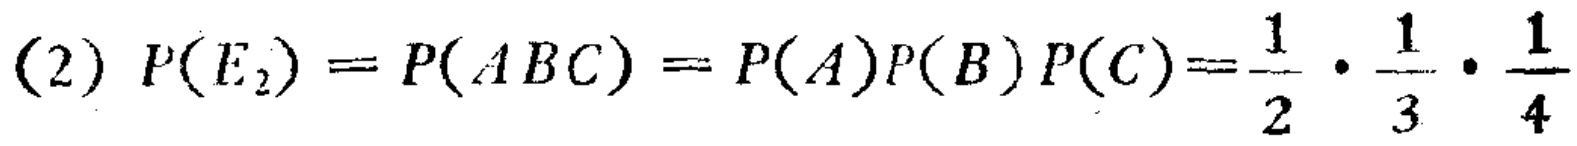
(2) \(P(E_{2}) = P(ABC)=P(A)P(B)P(C)=\frac{1}{2}\cdot\frac{1}{3}\cdot\frac{1}{4}\)